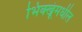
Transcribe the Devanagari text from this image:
भिक्खूंमधील